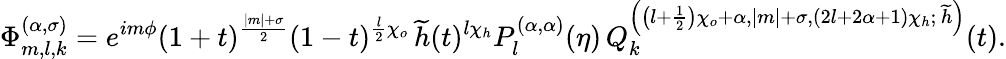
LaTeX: \Phi_{m,l,k}^{(\alpha,\sigma)}=e^{im\phi}(1+t)^{\frac{\left|m\right|+\sigma}{2}}(1-t)^{\frac{l}{2}\chi_{o}}\, \widetilde{h}(t)^{l\chi_{h}}P_{l}^{(\alpha,\alpha)}(\eta)\, Q_{k}^{\left(\left(l+\frac{1}{2}\right)\chi_{o}+\alpha,\left|m\right|+\sigma,\left(2l+2\alpha+1\right)\chi_{h};\, \widetilde{h}\right)}(t).